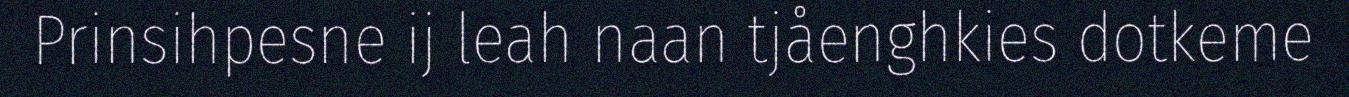
Prinsihpesne ij leah naan tjåenghkies dotkeme